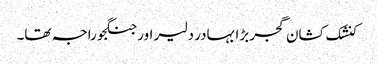
کنشک کشان گجر بڑا بہادر دلیر اور جنگجو راجہ تھا۔